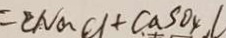
= C N a C l + C a S O _ { 4 } , L